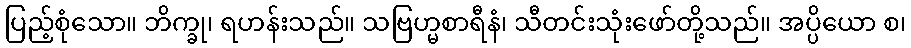
ပြည့်စုံသော။ ဘိက္ခု၊ ရဟန်းသည်။ သဗြဟ္မစာရီနံ၊ သီတင်းသုံးဖော်တို့သည်။ အပ္ပိယော စ၊